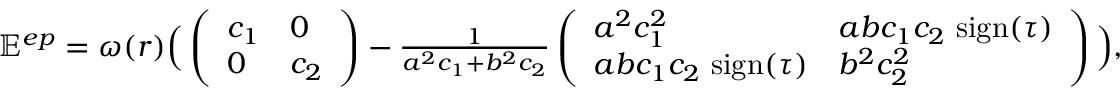
\begin{array} { r } { \mathbb E ^ { e p } = \omega ( r ) \Big ( \left( \begin{array} { l l } { c _ { 1 } } & { 0 } \\ { 0 } & { c _ { 2 } } \end{array} \right) - \frac { 1 } { a ^ { 2 } c _ { 1 } + b ^ { 2 } c _ { 2 } } \left( \begin{array} { l l } { a ^ { 2 } c _ { 1 } ^ { 2 } } & { a b c _ { 1 } c _ { 2 } \mathrm { ~ s i g n } ( \tau ) } \\ { a b c _ { 1 } c _ { 2 } \mathrm { ~ s i g n } ( \tau ) } & { b ^ { 2 } c _ { 2 } ^ { 2 } } \end{array} \right) \Big ) , } \end{array}